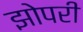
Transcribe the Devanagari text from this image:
झोपरी